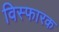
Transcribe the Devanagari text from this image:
विस्फारक